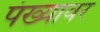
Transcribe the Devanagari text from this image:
पंख्यावर